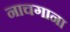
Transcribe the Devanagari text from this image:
नाचगाना